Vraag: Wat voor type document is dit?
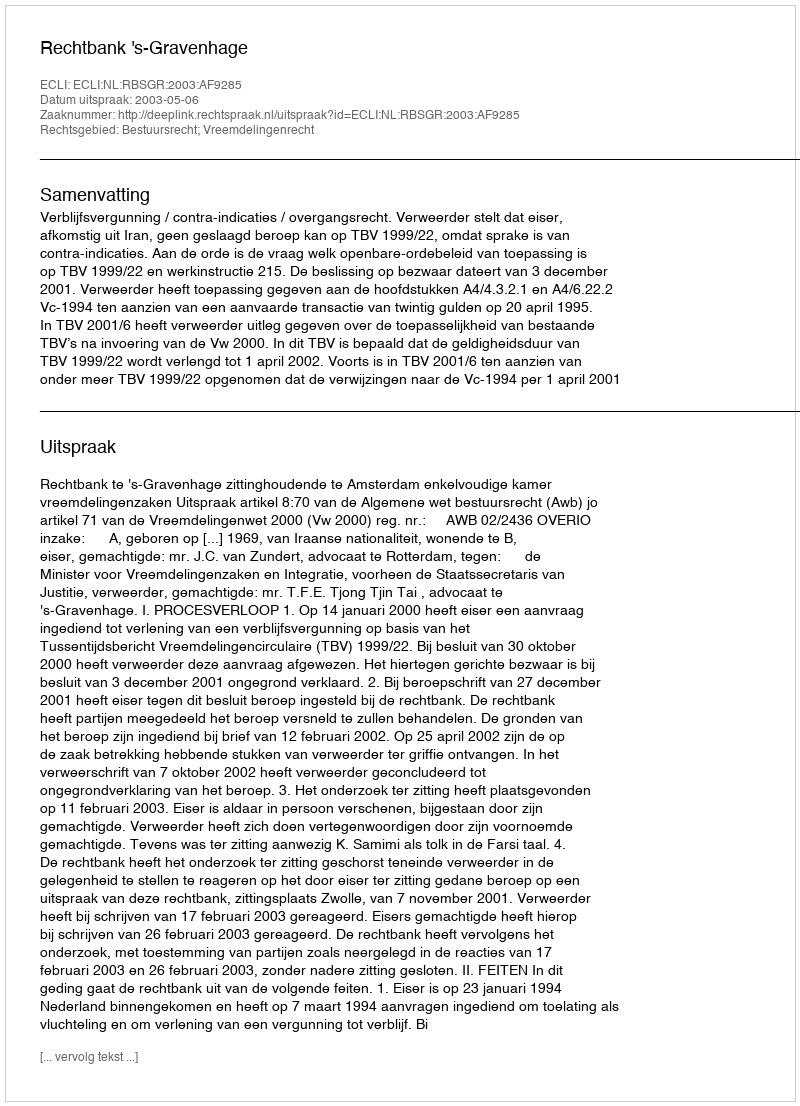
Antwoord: Uitspraak